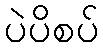
ပဲပိစပ်